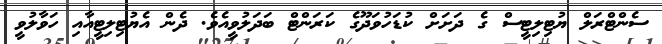
ސެންޓްރަލް ޔުޓިލިޓީސް ގެ ދަށަށް ކުޑަހުވަދޫގެ ކަރަންޓް ބަދަލުވީއެވެ. ދެން އެޔުޓިލިޓީއާއި ހަވާލުވީ